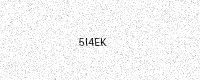
Text: 5I4EK